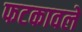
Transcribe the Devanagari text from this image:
फटकावले